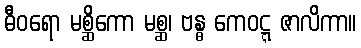
ဓီဝရော မစ္ဆိကော မစ္ဆ၊ ဗန္ဓ ကေဝဋ္ဋ ဇာလိကာ။